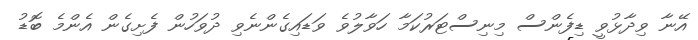
އޭނާ ވިދާޅުވީ ޑިފެންސް މިނިސްޓަރުކަމާ ހަވާލުވެ ވަޑައިގެންނެވި ދުވަހުން ފެށިގެން އެންމެ ބޮޑު